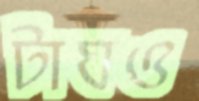
টাঘও